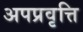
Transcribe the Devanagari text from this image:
अपप्रवृत्ति